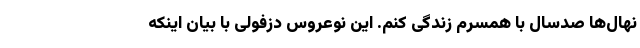
نهال‌ها صدسال با همسرم زندگی کنم. این نوعروس دزفولی با بیان اینکه